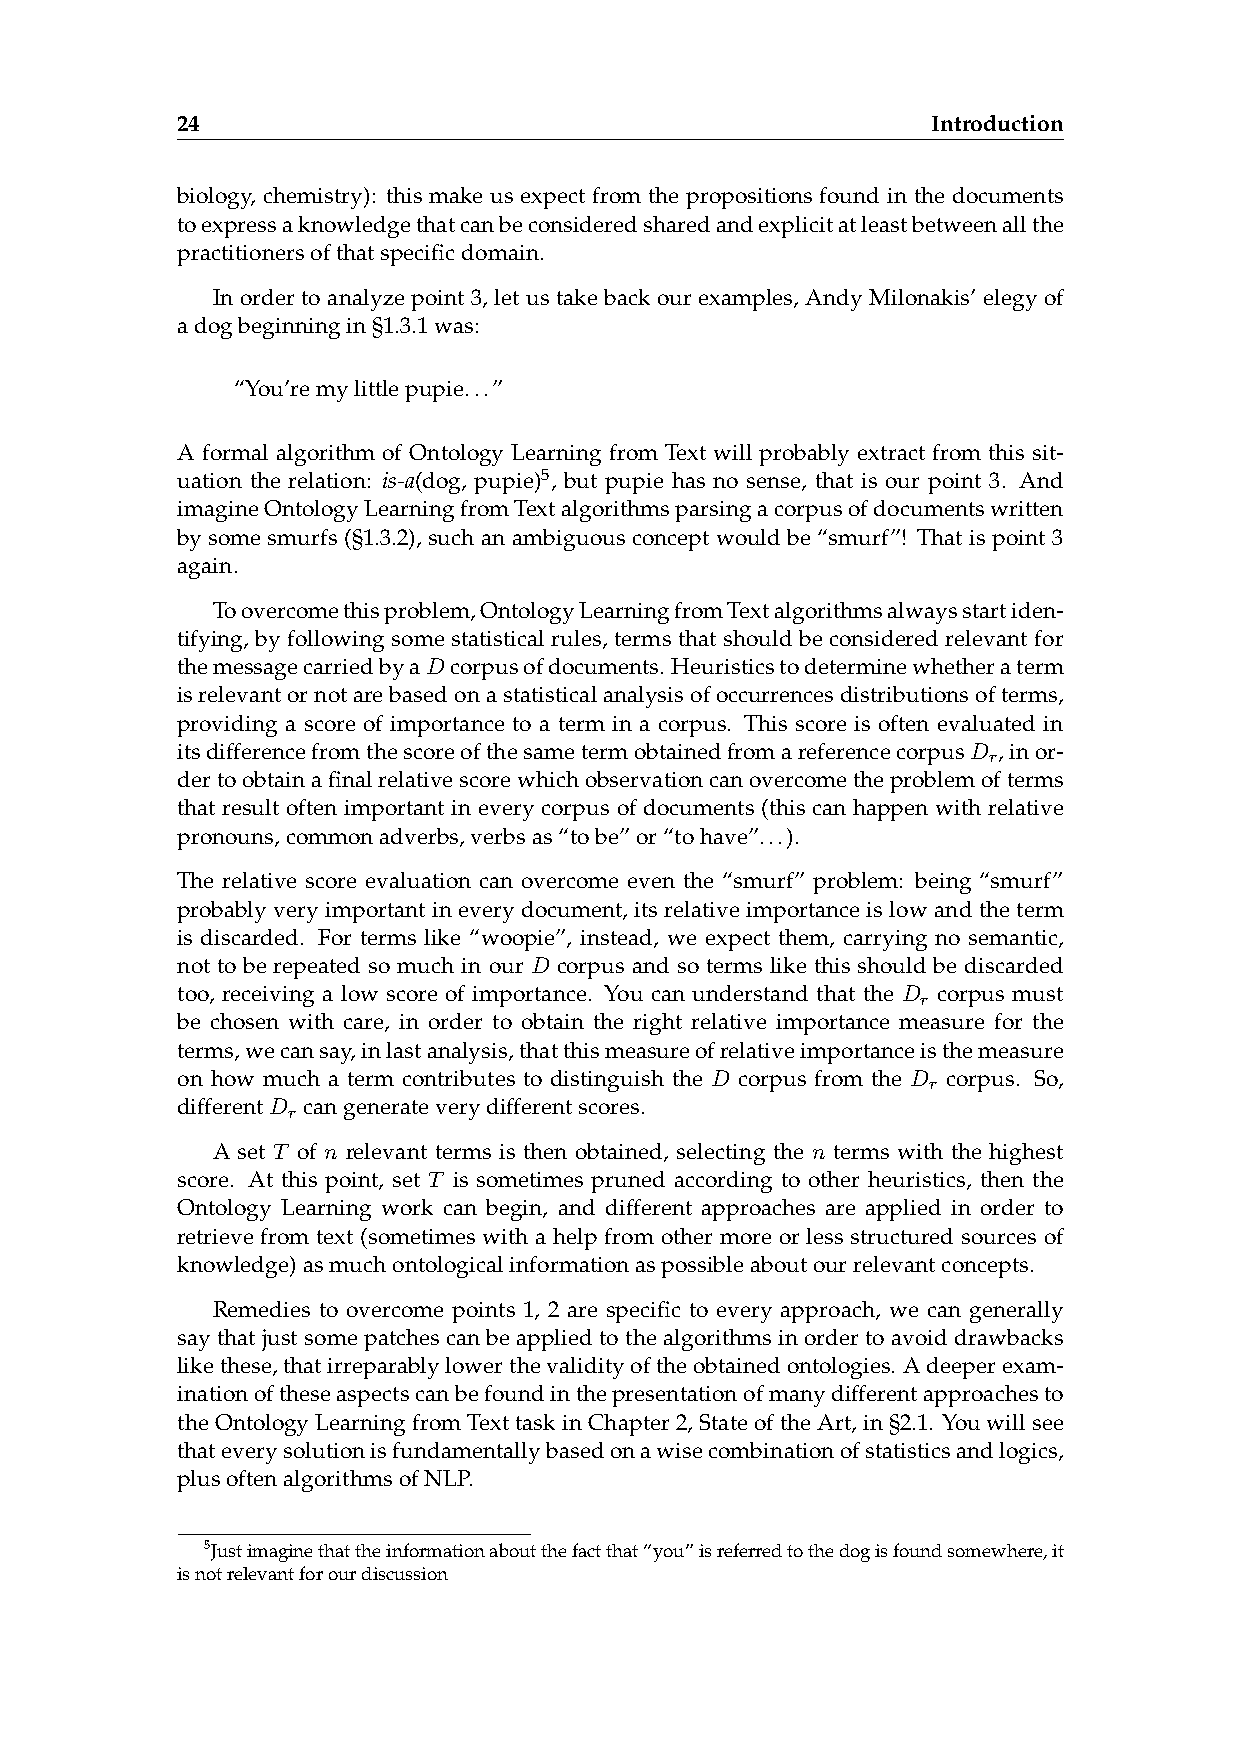
24                                                Introduction
 biology, chemistry): this make us expect from the propositions found in the documents
 toexpressaknowledgethatcanbeconsideredsharedandexplicitatleastbetweenallthe
 practitionersofthatspecificdomain.
 In order to analyze point 3, let us take back our examples, Andy Milonakis’ elegy of
 adogbeginningin§1.3.1was:
 “You’remylittlepupie...”
 A formal algorithm of Ontology Learning from Text will probably extract from this sit-
 uation the relation: is-a(dog, pupie)5, but pupie has no sense, that is our point 3. And
 imagineOntologyLearningfromTextalgorithmsparsingacorpusofdocumentswritten
 by some smurfs (§1.3.2), such an ambiguous concept would be “smurf”! That is point 3
 again.
 Toovercomethisproblem,OntologyLearningfromTextalgorithmsalwaysstartiden-
 tifying, by following some statistical rules, terms that should be considered relevant for
 themessagecarriedbyaDcorpusofdocuments. Heuristicstodeterminewhetheraterm
 isrelevantornotarebasedonastatisticalanalysisofoccurrencesdistributionsofterms,
 providing a score of importance to a term in a corpus. This score is often evaluated in
 itsdifferencefromthescoreofthesametermobtainedfromareferencecorpusD ,inor-
 r
 dertoobtainafinalrelativescorewhichobservationcanovercometheproblemofterms
 that result often important in every corpus of documents (this can happen with relative
 pronouns,commonadverbs,verbsas“tobe”or“tohave”...).
 The relative score evaluation can overcome even the “smurf” problem: being “smurf”
 probablyveryimportantineverydocument, itsrelativeimportanceislowandtheterm
 is discarded. For terms like “woopie”, instead, we expect them, carrying no semantic,
 not to be repeated so much in our D corpus and so terms like this should be discarded
 too, receiving a low score of importance. You can understand that the D corpus must
 r
 be chosen with care, in order to obtain the right relative importance measure for the
 terms,wecansay,inlastanalysis,thatthismeasureofrelativeimportanceisthemeasure
 on how much a term contributes to distinguish the D corpus from the D corpus. So,
 r
 differentD cangenerateverydifferentscores.
 r
 A set T of n relevant terms is then obtained, selecting the n terms with the highest
 score. At this point, set T is sometimes pruned according to other heuristics, then the
 Ontology Learning work can begin, and different approaches are applied in order to
 retrieve from text (sometimes with a help from other more or less structured sources of
 knowledge)asmuchontologicalinformationaspossibleaboutourrelevantconcepts.
 Remedies to overcome points 1, 2 are specific to every approach, we can generally
 saythatjustsomepatchescanbeappliedtothealgorithmsinordertoavoiddrawbacks
 likethese,thatirreparablylowerthevalidityoftheobtainedontologies. Adeeperexam-
 inationoftheseaspectscanbefoundinthepresentationofmanydifferentapproachesto
 theOntologyLearningfromTexttaskinChapter2,StateoftheArt,in§2.1. Youwillsee
 thateverysolutionisfundamentallybasedonawisecombinationofstatisticsandlogics,
 plusoftenalgorithmsofNLP.
 5Justimaginethattheinformationaboutthefactthat“you”isreferredtothedogisfoundsomewhere,it
 isnotrelevantforourdiscussion